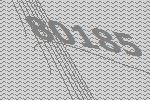
80185